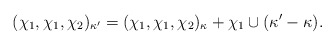
\begin{align*}(\chi_1,\chi_1,\chi_2)_{\kappa'} = (\chi_1,\chi_1,\chi_2)_{\kappa} + \chi_1 \cup (\kappa' -\kappa).\end{align*}